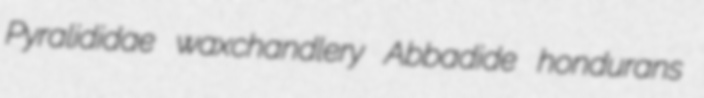
Pyralididae waxchandlery Abbadide hondurans